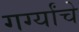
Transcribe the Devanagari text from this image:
गर्ग्यांचे